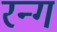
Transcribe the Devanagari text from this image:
रन्ग